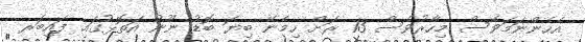
އެހެންނަމަވެސް މިހާރުވެސް 13 ރަށް ހިމެނޭ ބިޔަ ބޮޑު ނޫނު އަތޮޅުގައި ފައިބަރ